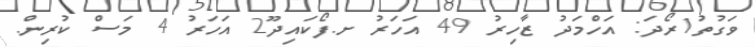
ވަގުތު1ރޯދަ: އަހްމަދު ޒާހިރު 49 އަހަރު ށ.ފޯކައިދޫ2 އަހަރު 4 މަސް ކުރިން.